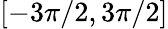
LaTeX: [-3\pi/2,3\pi/2]